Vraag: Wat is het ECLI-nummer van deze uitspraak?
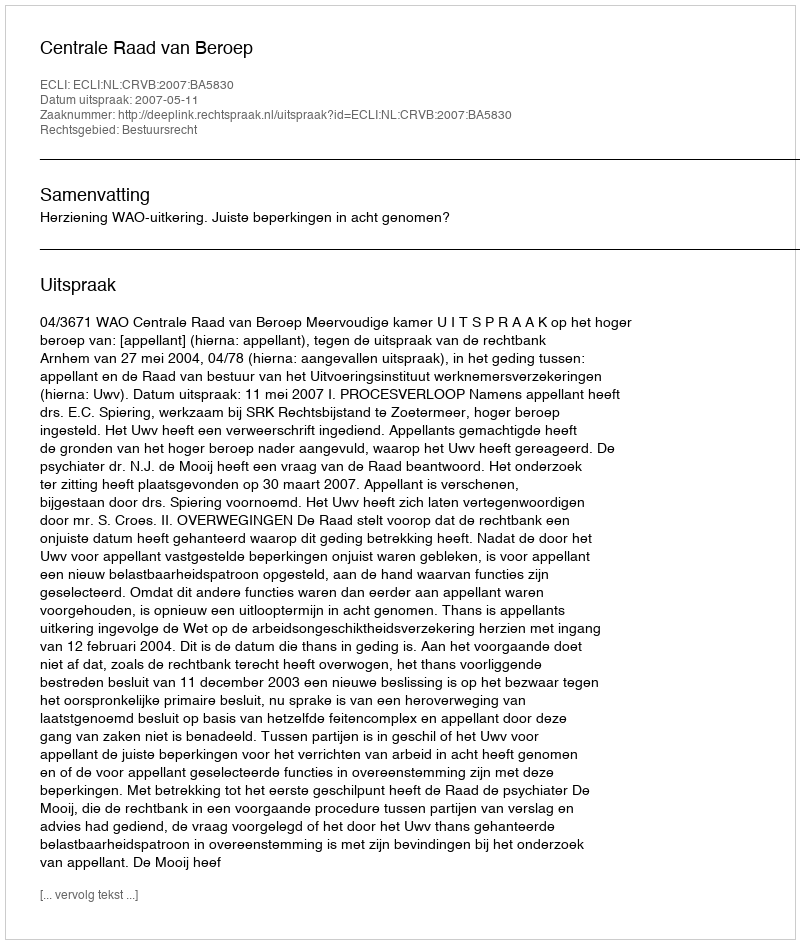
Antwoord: ECLI:NL:CRVB:2007:BA5830